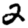
Digit: 2